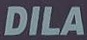
DILA